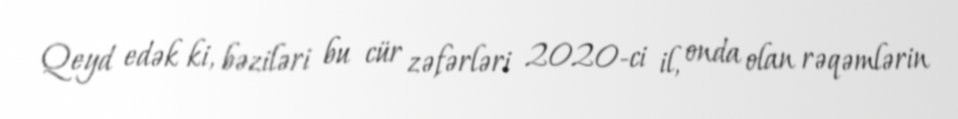
Qeyd edək ki, bəziləri bu cür zəfərləri 2020-ci il, onda olan rəqəmlərin